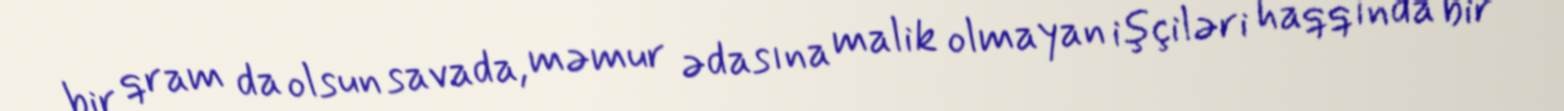
bir qram da olsun savada, məmur ədasına malik olmayan işçiləri haqqında bir